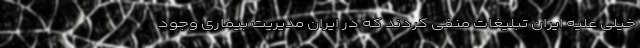
خیلی علیه ایران تبلیغات منفی کردند که در ایران مدیریت بیماری وجود